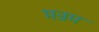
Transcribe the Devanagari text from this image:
मन्रम